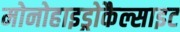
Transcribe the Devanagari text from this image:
मोनोहाइड्रोकैल्साइट